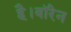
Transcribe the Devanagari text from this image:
है।वॉरेन